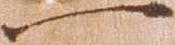
一